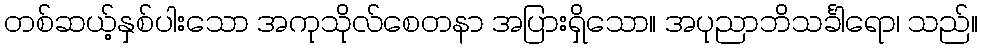
တစ်ဆယ့်နှစ်ပါးသော အကုသိုလ်စေတနာ အပြားရှိသော။ အပုညာဘိသင်္ခါရော၊ သည်။